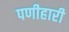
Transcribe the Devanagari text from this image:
पणीहारी